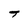
Character: T